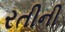
રતીની